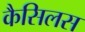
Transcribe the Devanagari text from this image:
कैसिलस